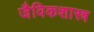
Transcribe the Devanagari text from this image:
जैविकशास्त्र